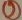
Text: 9